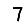
Digit: 7